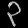
Digit: ၃